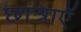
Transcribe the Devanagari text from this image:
छात्राएॅ